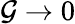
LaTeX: \mathcal{G}\rightarrow0